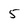
Character: 5